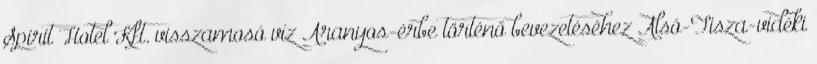
Spirit Hotel Kft. visszamosó víz Aranyos-érbe történő bevezetéséhez Alsó-Tisza-vidéki